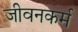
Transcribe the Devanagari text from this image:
जीवनकर्म